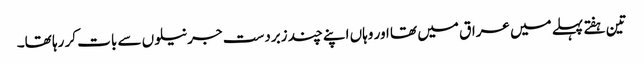
تین ہفتے پہلے میں عراق میں تھا اور وہاں اپنے چند زبردست جرنیلوں سے بات کر رہا تھا۔